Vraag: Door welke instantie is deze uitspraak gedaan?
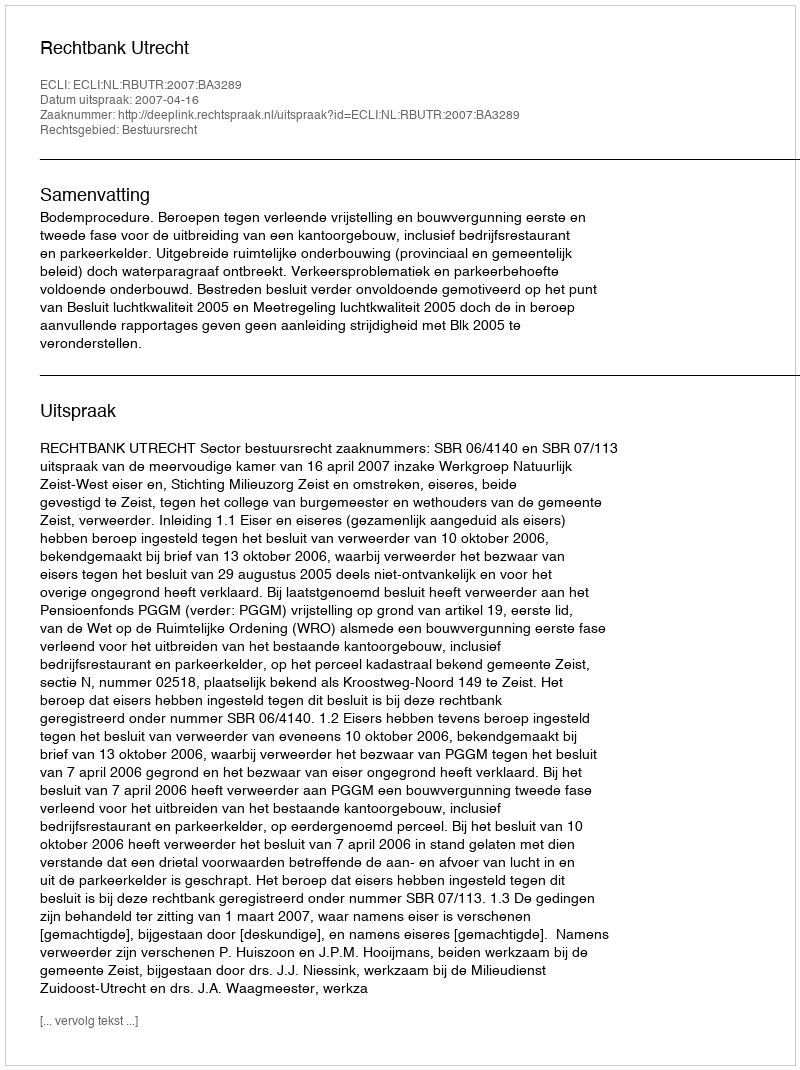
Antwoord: Rechtbank Utrecht